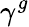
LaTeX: \gamma^{g}